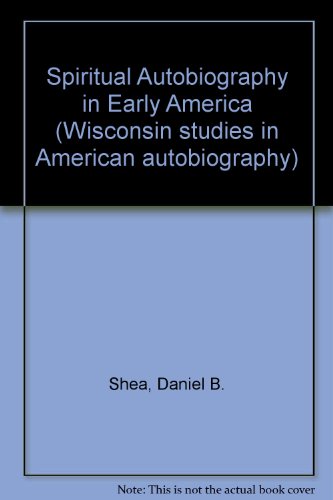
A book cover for Spiritual Autobiography in Early America (Wisconsin Studies in American Autobiography); Daniel B. Shea; Biographies & Memoirs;